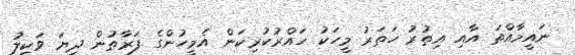
ނައީމާއްތަ އާއި އިތުރު ހަތަރު މީހަކު ހައްރުކުރިކަން އެމީހުންގެ ފަރާތުން ދިޔަ ވަކީލު